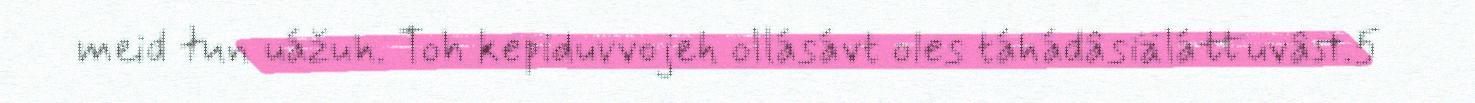
meid tun uážuh. Toh kepiduvvojeh ollásávt oles táhádâsiäláttuvâst.5